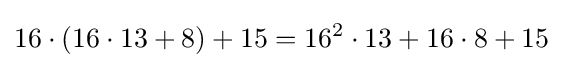
16\cdot (16\cdot 13+8)+15=16^{2}\cdot 13+16\cdot 8+15